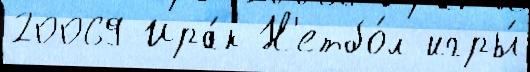
20069 Ира́к Н'етбо́л игры́